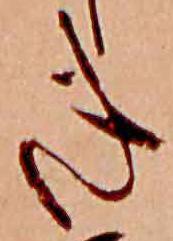
き